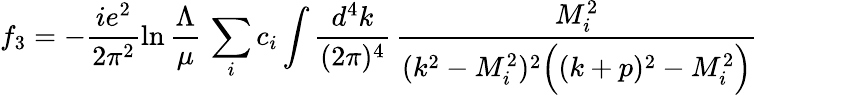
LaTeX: f_{3}=-\frac{ie^{2}}{2\pi^{2}}\ln\frac{\Lambda}{\mu}\, \sum_{i}c_{i}\int\frac{d^{4}k}{(2\pi)^{4}}\, \frac{M_{i}^{2}}{(k^{2}-M_{i}^{2})^{2}\Big((k+p)^{2}-M_{i}^{2}\Big)}\qquad\quad